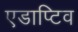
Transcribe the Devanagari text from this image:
एडाप्टिव